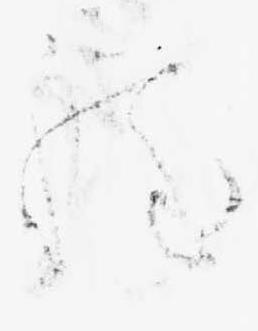
程